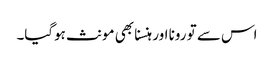
اس سے تو رونا اور ہنسنا بھی مونث ہوگیا۔